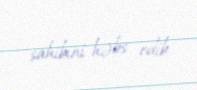
sahibini həbs edib.